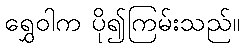
ရွှေဝါက ပို၍ကြမ်းသည်။